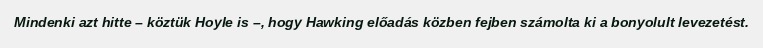
Mindenki azt hitte – köztük Hoyle is –, hogy Hawking előadás közben fejben számolta ki a bonyolult levezetést.